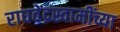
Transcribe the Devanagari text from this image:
राघवेंद्रस्वामींच्या